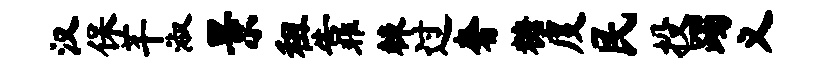
汉保芊淑景租靠棘过奢糖度民投躅义